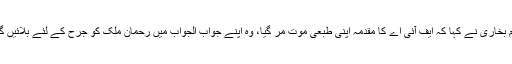
نعیم بخاری نے کہا کہ ایف آئی اے کا مقدمہ اپنی طبعی موت مر گیا، وہ اپنے جواب الجواب میں رحمان ملک کو جرح کے لئے بلائیں گے۔